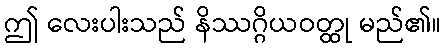
ဤ လေးပါးသည် နိဿဂ္ဂိယဝတ္ထု မည်၏။